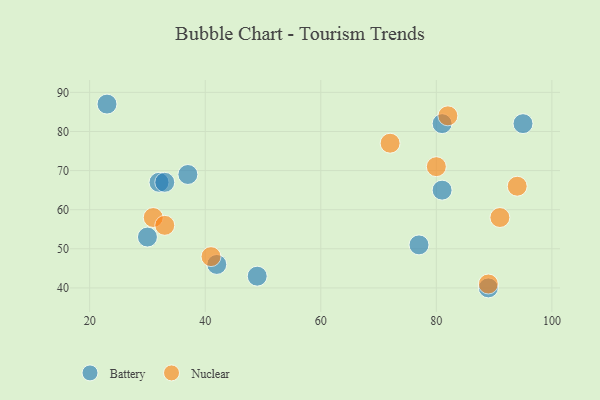
{"axis": {"x": "GDP", "y": "Life Expectancy"}, "legend": ["Battery", "Nuclear"], "data": [{"x": "32", "y": 67, "type": "Battery"}, {"x": "95", "y": 82, "type": "Battery"}, {"x": "81", "y": 82, "type": "Battery"}, {"x": "89", "y": 40, "type": "Battery"}, {"x": "49", "y": 43, "type": "Battery"}, {"x": "42", "y": 46, "type": "Battery"}, {"x": "33", "y": 67, "type": "Battery"}, {"x": "81", "y": 65, "type": "Battery"}, {"x": "23", "y": 87, "type": "Battery"}, {"x": "77", "y": 51, "type": "Battery"}, {"x": "30", "y": 53, "type": "Battery"}, {"x": "37", "y": 69, "type": "Battery"}, {"x": "41", "y": 48, "type": "Nuclear"}, {"x": "82", "y": 84, "type": "Nuclear"}, {"x": "91", "y": 58, "type": "Nuclear"}, {"x": "31", "y": 58, "type": "Nuclear"}, {"x": "80", "y": 71, "type": "Nuclear"}, {"x": "33", "y": 56, "type": "Nuclear"}, {"x": "94", "y": 66, "type": "Nuclear"}, {"x": "89", "y": 41, "type": "Nuclear"}, {"x": "72", "y": 77, "type": "Nuclear"}]}